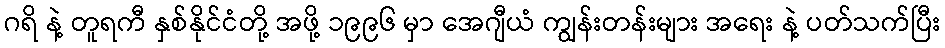
ဂရိ နဲ့ တူရကီ နှစ်နိုင်ငံတို့ အဖို့ ၁၉၉၆ မှာ အေဂျီယံ ကျွန်းတန်းများ အရေး နဲ့ ပတ်သက်ပြီး